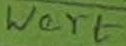
Text: Wert